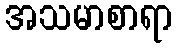
အသမာစာရာ